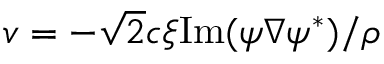
\boldsymbol { v } = - \sqrt { 2 } c \xi \mathrm { I m } ( \psi \boldsymbol { \nabla } \psi ^ { * } ) / \rho